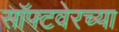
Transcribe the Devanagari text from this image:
सॉफ्टवेरच्या